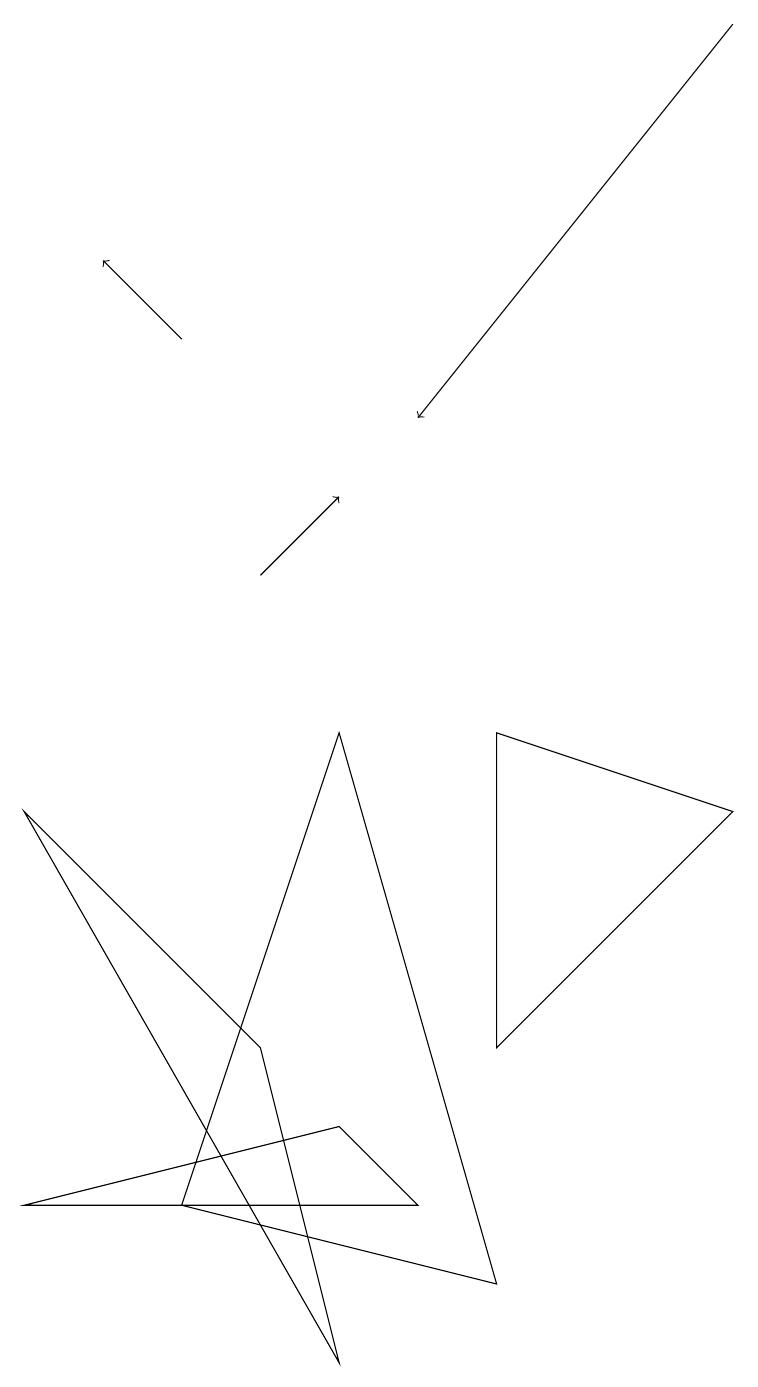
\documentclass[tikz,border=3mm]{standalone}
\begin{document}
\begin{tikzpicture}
\draw (5,3) -- (4,4) -- (0,3) -- cycle;
\draw (4,9) -- (2,3) -- (6,2) -- cycle;
\draw (3,5) -- (0,8) -- (4,1) -- cycle;
\draw[->] (9,18) -- (5,13);
\draw[->] (3,11) -- (4,12);
\draw[->] (2,14) -- (1,15);
\draw (9,8) -- (6,9) -- (6,5) -- cycle;
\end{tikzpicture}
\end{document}